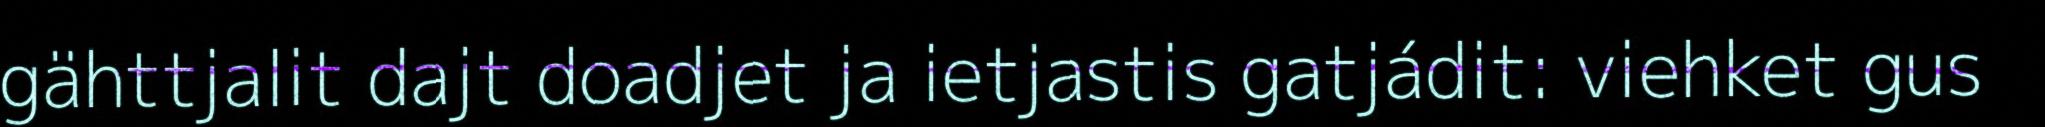
gähttjalit dajt doadjet ja ietjastis gatjádit: viehket gus